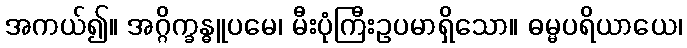
အကယ်၍။ အဂ္ဂိက္ခန္ဓူပမေ၊ မီးပုံကြီးဥပမာရှိသော။ ဓမ္မပရိယာယေ၊